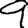
Digit: 9